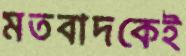
মতবাদকেই